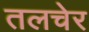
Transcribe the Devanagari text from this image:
तलचेर